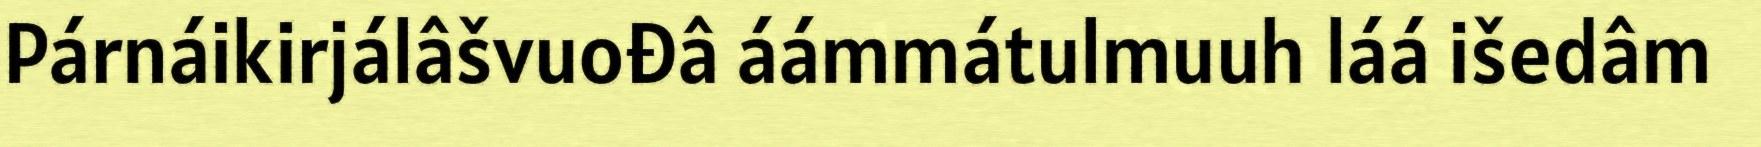
Párnáikirjálâšvuođâ áámmátulmuuh láá išedâm